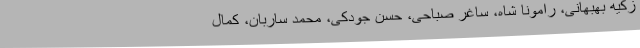
زکیه بهبهانی، رامونا شاه، ساغر صباحی، حسن جودکی، محمد ساربان، کمال